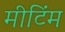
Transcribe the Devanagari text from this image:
मीटिंम